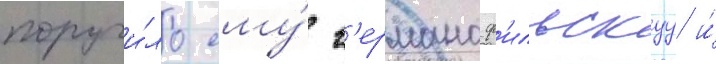
поручи́ло ему́ г'ерманоф'ильскуу и́